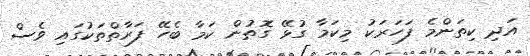
އަދި ކިތަންމެ ފަހަރަކު މިކަމާ ގުޅޭ ގޮތުން ކަމާ ބެހޭ ފަރާތްތަކުގައި ވެސް